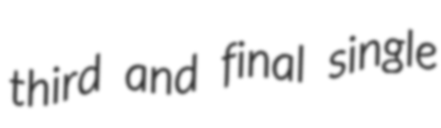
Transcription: third and final single